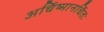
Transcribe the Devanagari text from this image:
अर्चिष्मानर्चितः